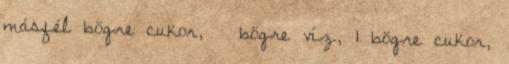
másfél bögre cukor, ¾ bögre víz, 1 bögre cukor,